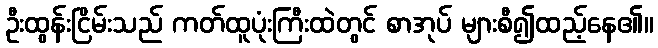
ဦးထွန်းငြိမ်းသည် ကတ်ထူပုံးကြီးထဲတွင် စာအုပ် များစီ၍ထည့်နေ၏။